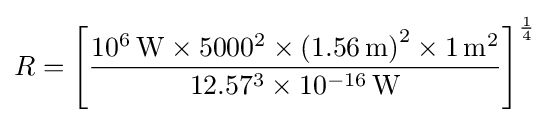
R=\left[{\frac {10^{6}\,\mathrm {W} \times 5000^{2}\times \left(1.56\,\mathrm {m} \right)^{2}\times 1\,\mathrm {m} ^{2}}{12.57^{3}\times 10^{-16}\,\mathrm {W} }}\right]^{1 \over 4}\,\!